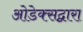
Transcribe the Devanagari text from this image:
ओडेक्सद्वारा